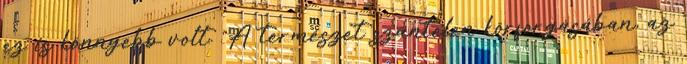
ez is könnyebb volt. "A természet szüntelen körforgásában, az